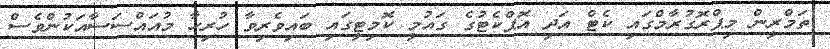
ތަމްރީން މިޕްރޮގުރާމްގައި ކެޓް އަދި އޮޕްކެޓުގެ ގައުމީ ކޮމިޓީގައި ބައިވެރިވާ ހުރިހާ މުއައްސަސާއަކުންވެސް